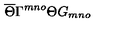
\overline { { \Theta } } \Gamma ^ { m n o } \Theta G _ { m n o }